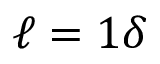
\ell = 1 \delta